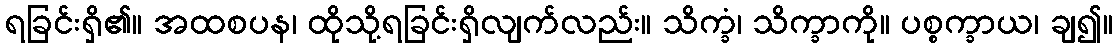
ရခြင်းရှိ၏။ အထစပန၊ ထိုသို့ရခြင်းရှိလျက်လည်း။ သိက္ခံ၊ သိက္ခာကို။ ပစ္စက္ခာယ၊ ချ၍။